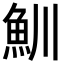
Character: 𩵙